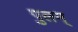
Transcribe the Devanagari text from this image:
पुलम्